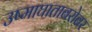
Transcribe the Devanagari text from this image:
उष्माघाताबरोबर